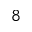
^ { 8 }